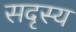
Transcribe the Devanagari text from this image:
सदृस्य